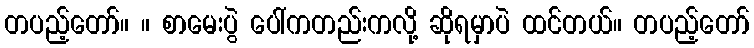
တပည့်တော်။ ။ စာမေးပွဲ ပေါ်ကတည်းကလို့ ဆိုရမှာပဲ ထင်တယ်။ တပည့်တော်